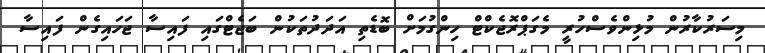
މިސަރުކާރުން މުޅިންވެސްހުރީ މެގަޕްރޮޖެކްޓް ހިންގުމަށް ބޮޑެތި އަދަދުތަކުން ބަޖެޓްގައި ފައިސާ ޖަހައިގެން ފައިސާ